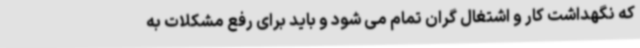
که نگهداشت کار و اشتغال گران تمام می شود و باید برای رفع مشکلات به